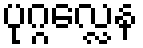
ပုဂ္ဂလ္လေန